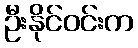
ဦးနိုင်ဝင်းက